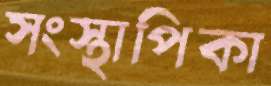
সংস্থাপিকা